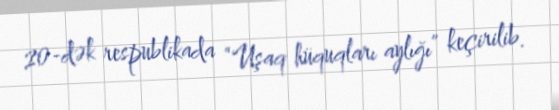
20-dək respublikada “Uşaq hüquqları aylığı” keçirilib.